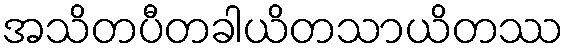
အသိတပီတခါယိတသာယိတဿ